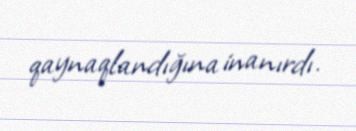
qaynaqlandığına inanırdı.